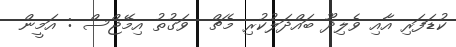
ކުޑަފަރި އާއި ވެލިދޫ ބައްދަލުކުރި މެޗް  ވަގުތު އިމޭޖްސް : އަމީން